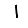
Digit: 1